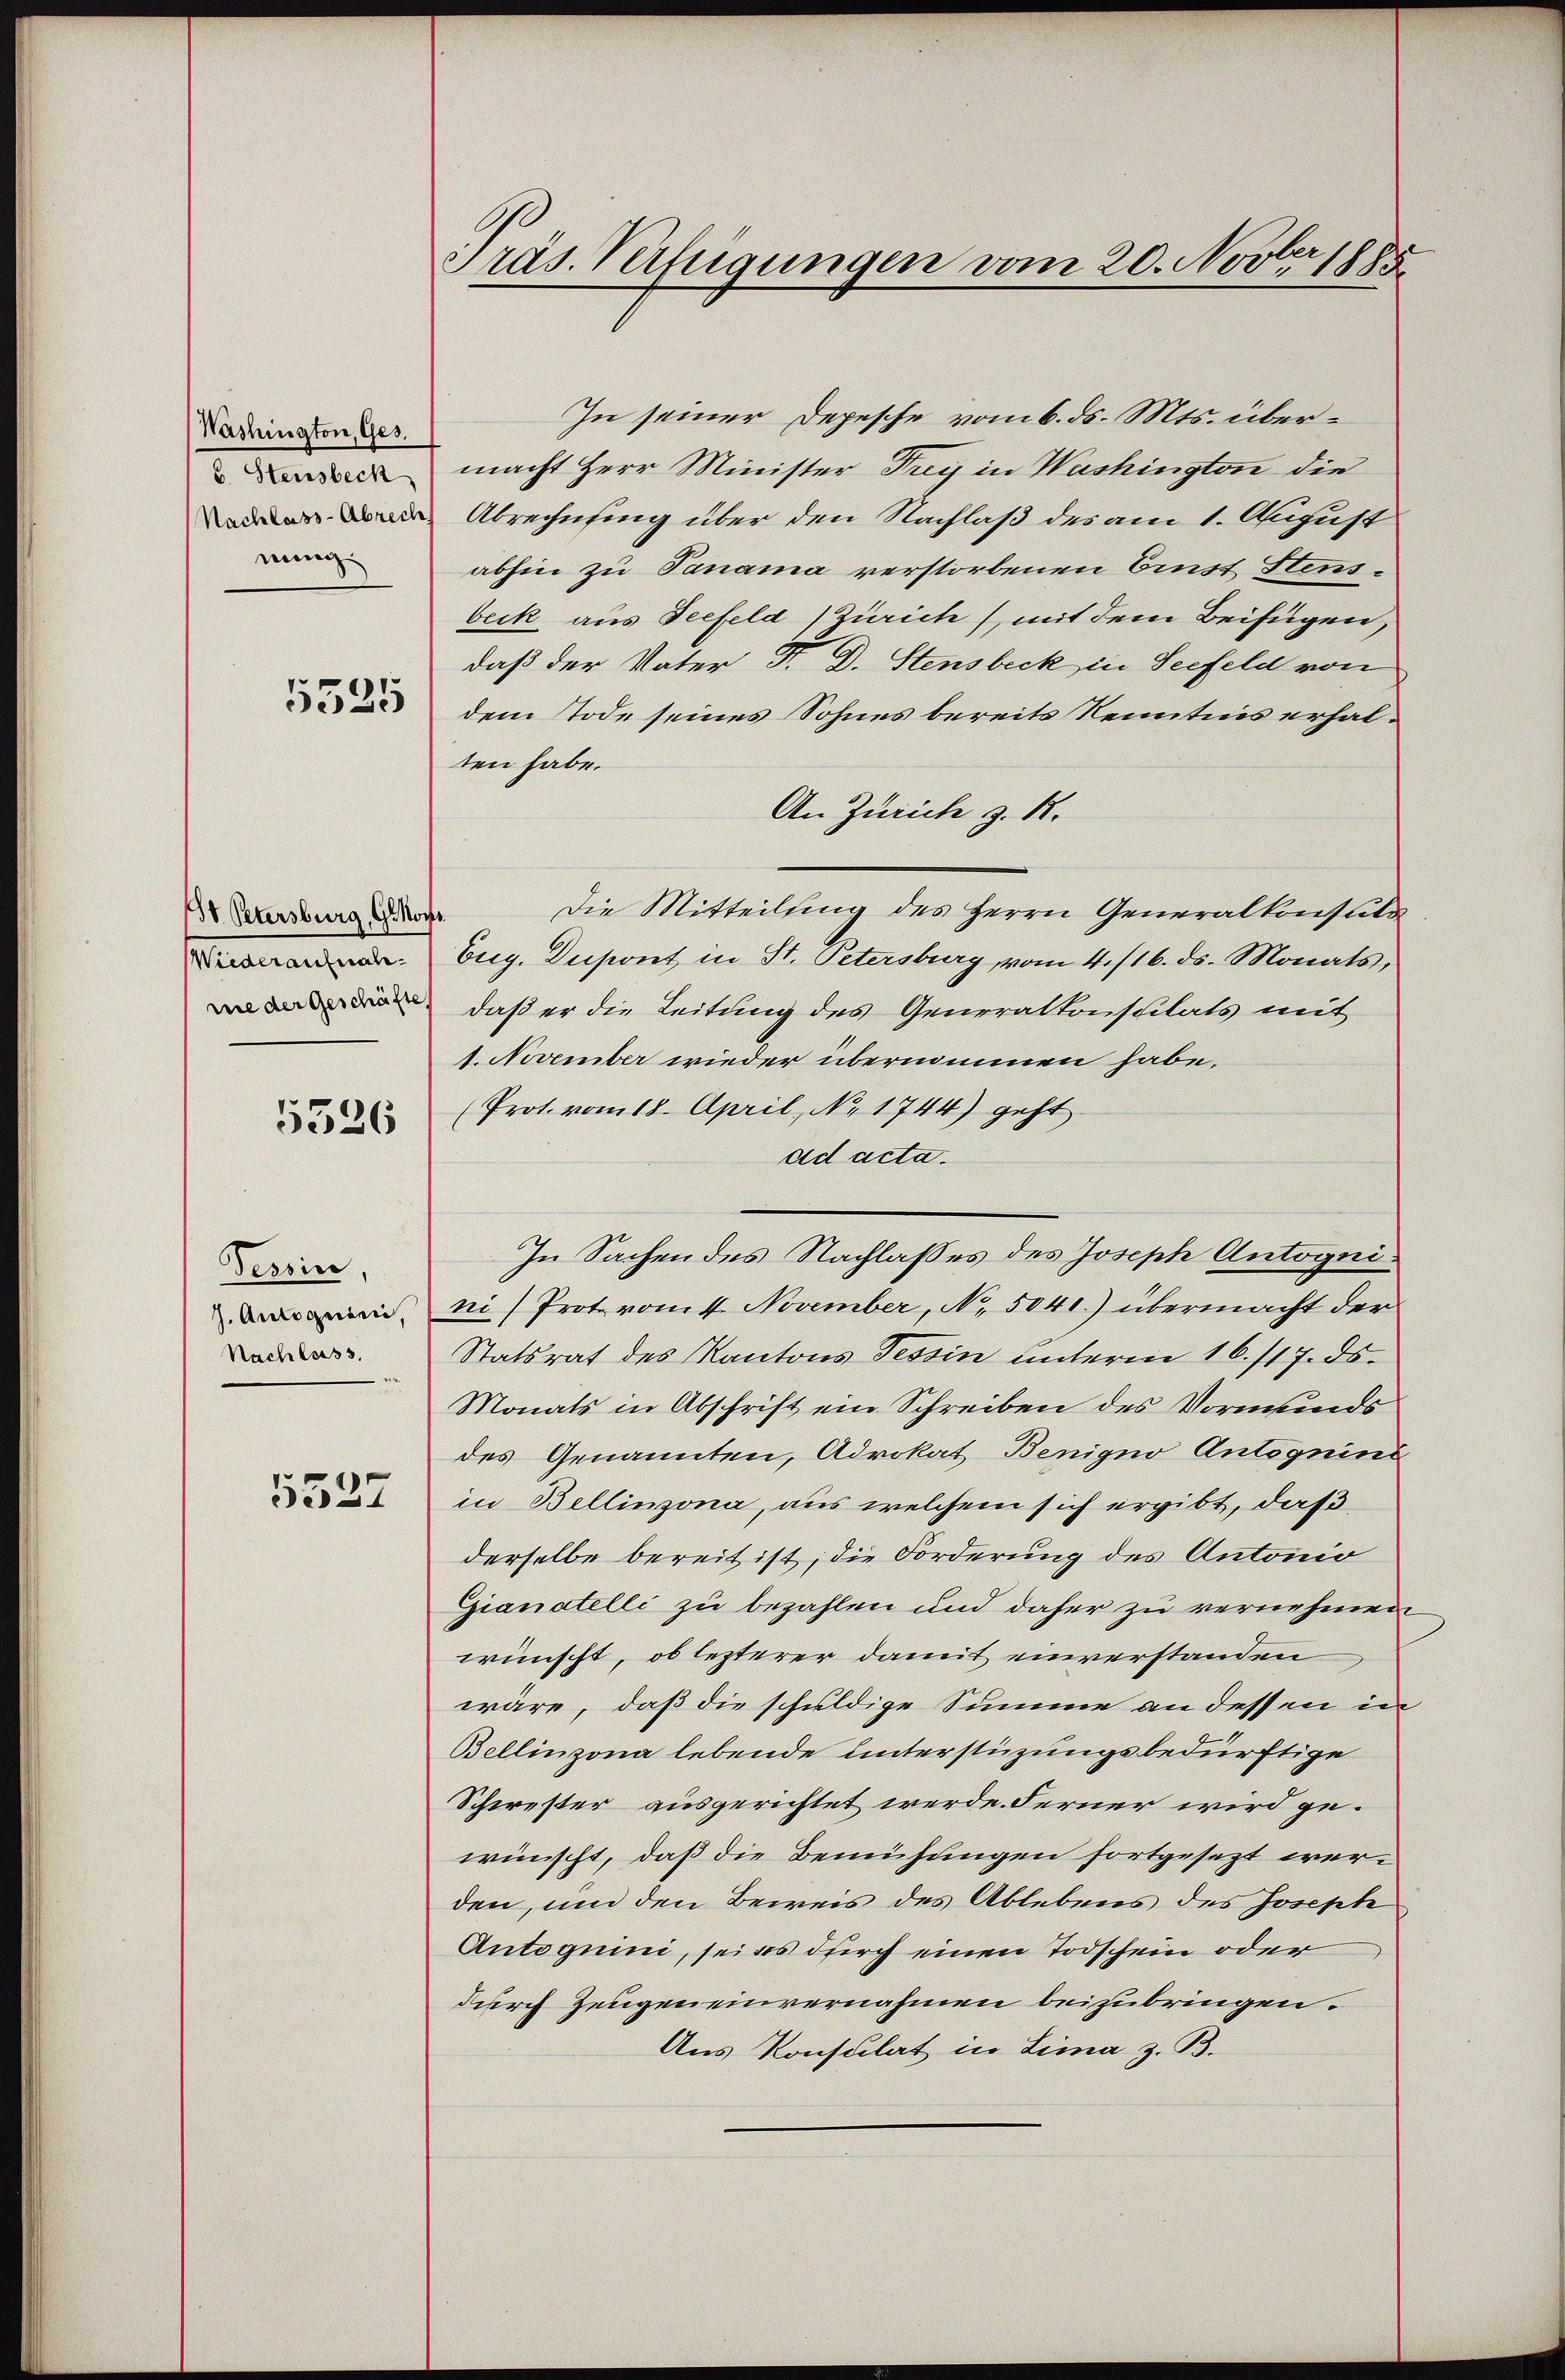
Washington, Ges.
b. Stensbeck
Nachlass-Abrech
nung

5525

B. Petersburg, Genoch
Wiederaufnahnie der Geschäfte,

5526

Tessin,
J. Antoguini,
Nachlass.

5527

9
Präs. Verfügungen vom 20. Novber 1885

In seiner Depesche vom 6. ds. Mts. übermacht Herr Minister Frey in Washington die
Abrechnung über den Nachlaß des am 1. August
abhin zu Panama verstorbenen Einst Stensbeck aus Seefeld (Zürich), mit dem Beifügen,
daß der Vater Dr. D. Stensbeck in Seefeld von
dem Tode seines Sohnes bereits Kenntnis erhalten habe.
An Zürich z. 1.
Die Mitteilung des Herrn Generalkonsula
.
Eug. Dupont in St. Petersburg, vom 4. /16. ds. Monats,
daß er die Leitung des Generalkonsulats mit
1. November wieder übernommen habe.
(Prot. vom 18. April, No. 1744) geht
ad acta.
In Sachen des Nachlasses des Joseph Antognini) Prot vomt. November, No. 5041.) übermacht der
Statsrat des Kantons Tessin unterm 16./17. ds.
Monats in Abschrift ein Schreiben des Vormunds
des Genannten, Advokat Benigno Antoguins
in Bellinzona, aus welchem sich ergibt, daß
derselbe bereit ist, die Forderung des Antonio
Gianatelli zu bezahlen und daher zu vernehmen
wünscht, ob lezterer damit einverstanden
wäre, daß die schuldige Summe an dessen in
Bellinzona lebende unterstüzungsbedürftige
Schwester ausgerichtet werde. Ferner wird gewünscht, daß die Bemühungen fortgesezt werden, und den Beweis des Ablebens des Josepte
Antogumi, sei es durch einen Todschein oder
durch Zeugen einvernahmen beizubringen.
Aus Konsulat in Lima z. B.